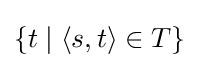
\{t\mid \langle s,t\rangle \in T\}